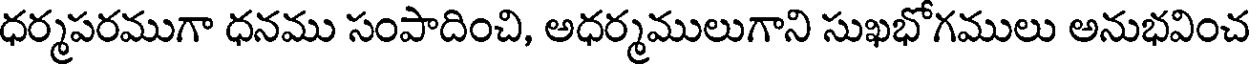
ధర్మపరముగా ధనము సంపాదించి, అధర్మములుగాని సుఖభోగములు అనుభవించ